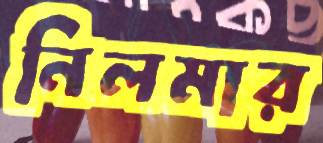
নিলমার